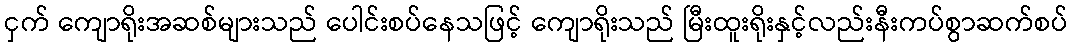
ငှက် ကျောရိုးအဆစ်များသည် ပေါင်းစပ်နေသဖြင့် ကျောရိုးသည် မြီးထူးရိုးနှင့်လည်းနီးကပ်စွာဆက်စပ်